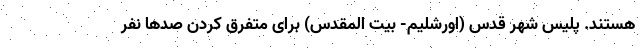
هستند. پلیس شهر قدس (اورشلیم- بیت المقدس) برای متفرق کردن صدها نفر